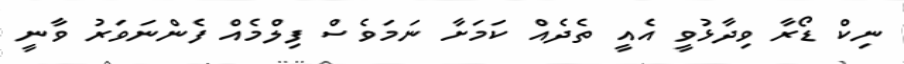
ނިކް ޑޯރާ ވިދާޅުވީ އެއީ ތެދެއް ކަމަށާ ނަމަވެސް ފިލްމެއް ފެންނަވަރު ވާނީ